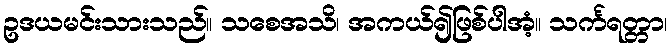
ဥဒယမင်းသားသည်။ သစေအသိ၊ အကယ်၍ဖြစ်ပါအံ့။ သင်္ကရတ္တာ၊